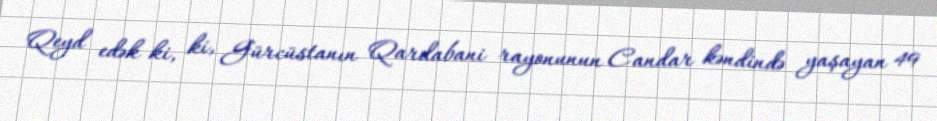
Qeyd edək ki, ki, Gürcüstanın Qardabani rayonunun Candar kəndində yaşayan 49